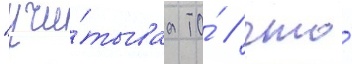
"учи́тываа то́ / что́